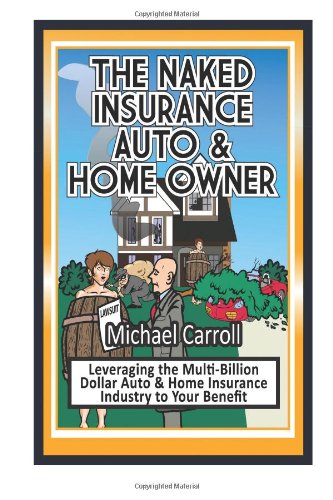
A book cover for The Naked Insurance Auto & Home Owner; Michael P. Carroll; Business & Money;